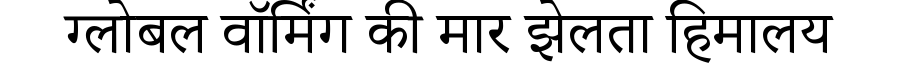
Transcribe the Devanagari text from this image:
ग्लोबल वॉर्मिंग की मार झेलता हिमालय